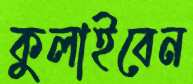
কুলাইবেন